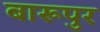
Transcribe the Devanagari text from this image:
बारूपुर